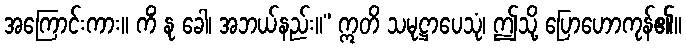
အကြောင်းကား။ ကိံ နု ခေါ၊ အဘယ်နည်း။” ဣတိ သမုဋ္ဌာပေသုံ၊ ဤသို့ ပြောဟောကုန်၏။